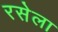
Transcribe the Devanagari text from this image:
रसेला